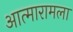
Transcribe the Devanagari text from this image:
आत्मारामला